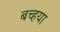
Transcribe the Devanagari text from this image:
बच्हया